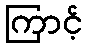
ကြာင့်